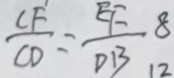
\frac { C F } { C D } = \frac { E F } { D B }